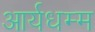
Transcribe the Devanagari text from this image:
आर्यधम्म